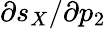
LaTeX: \partial s_{X}/\partial p_{2}